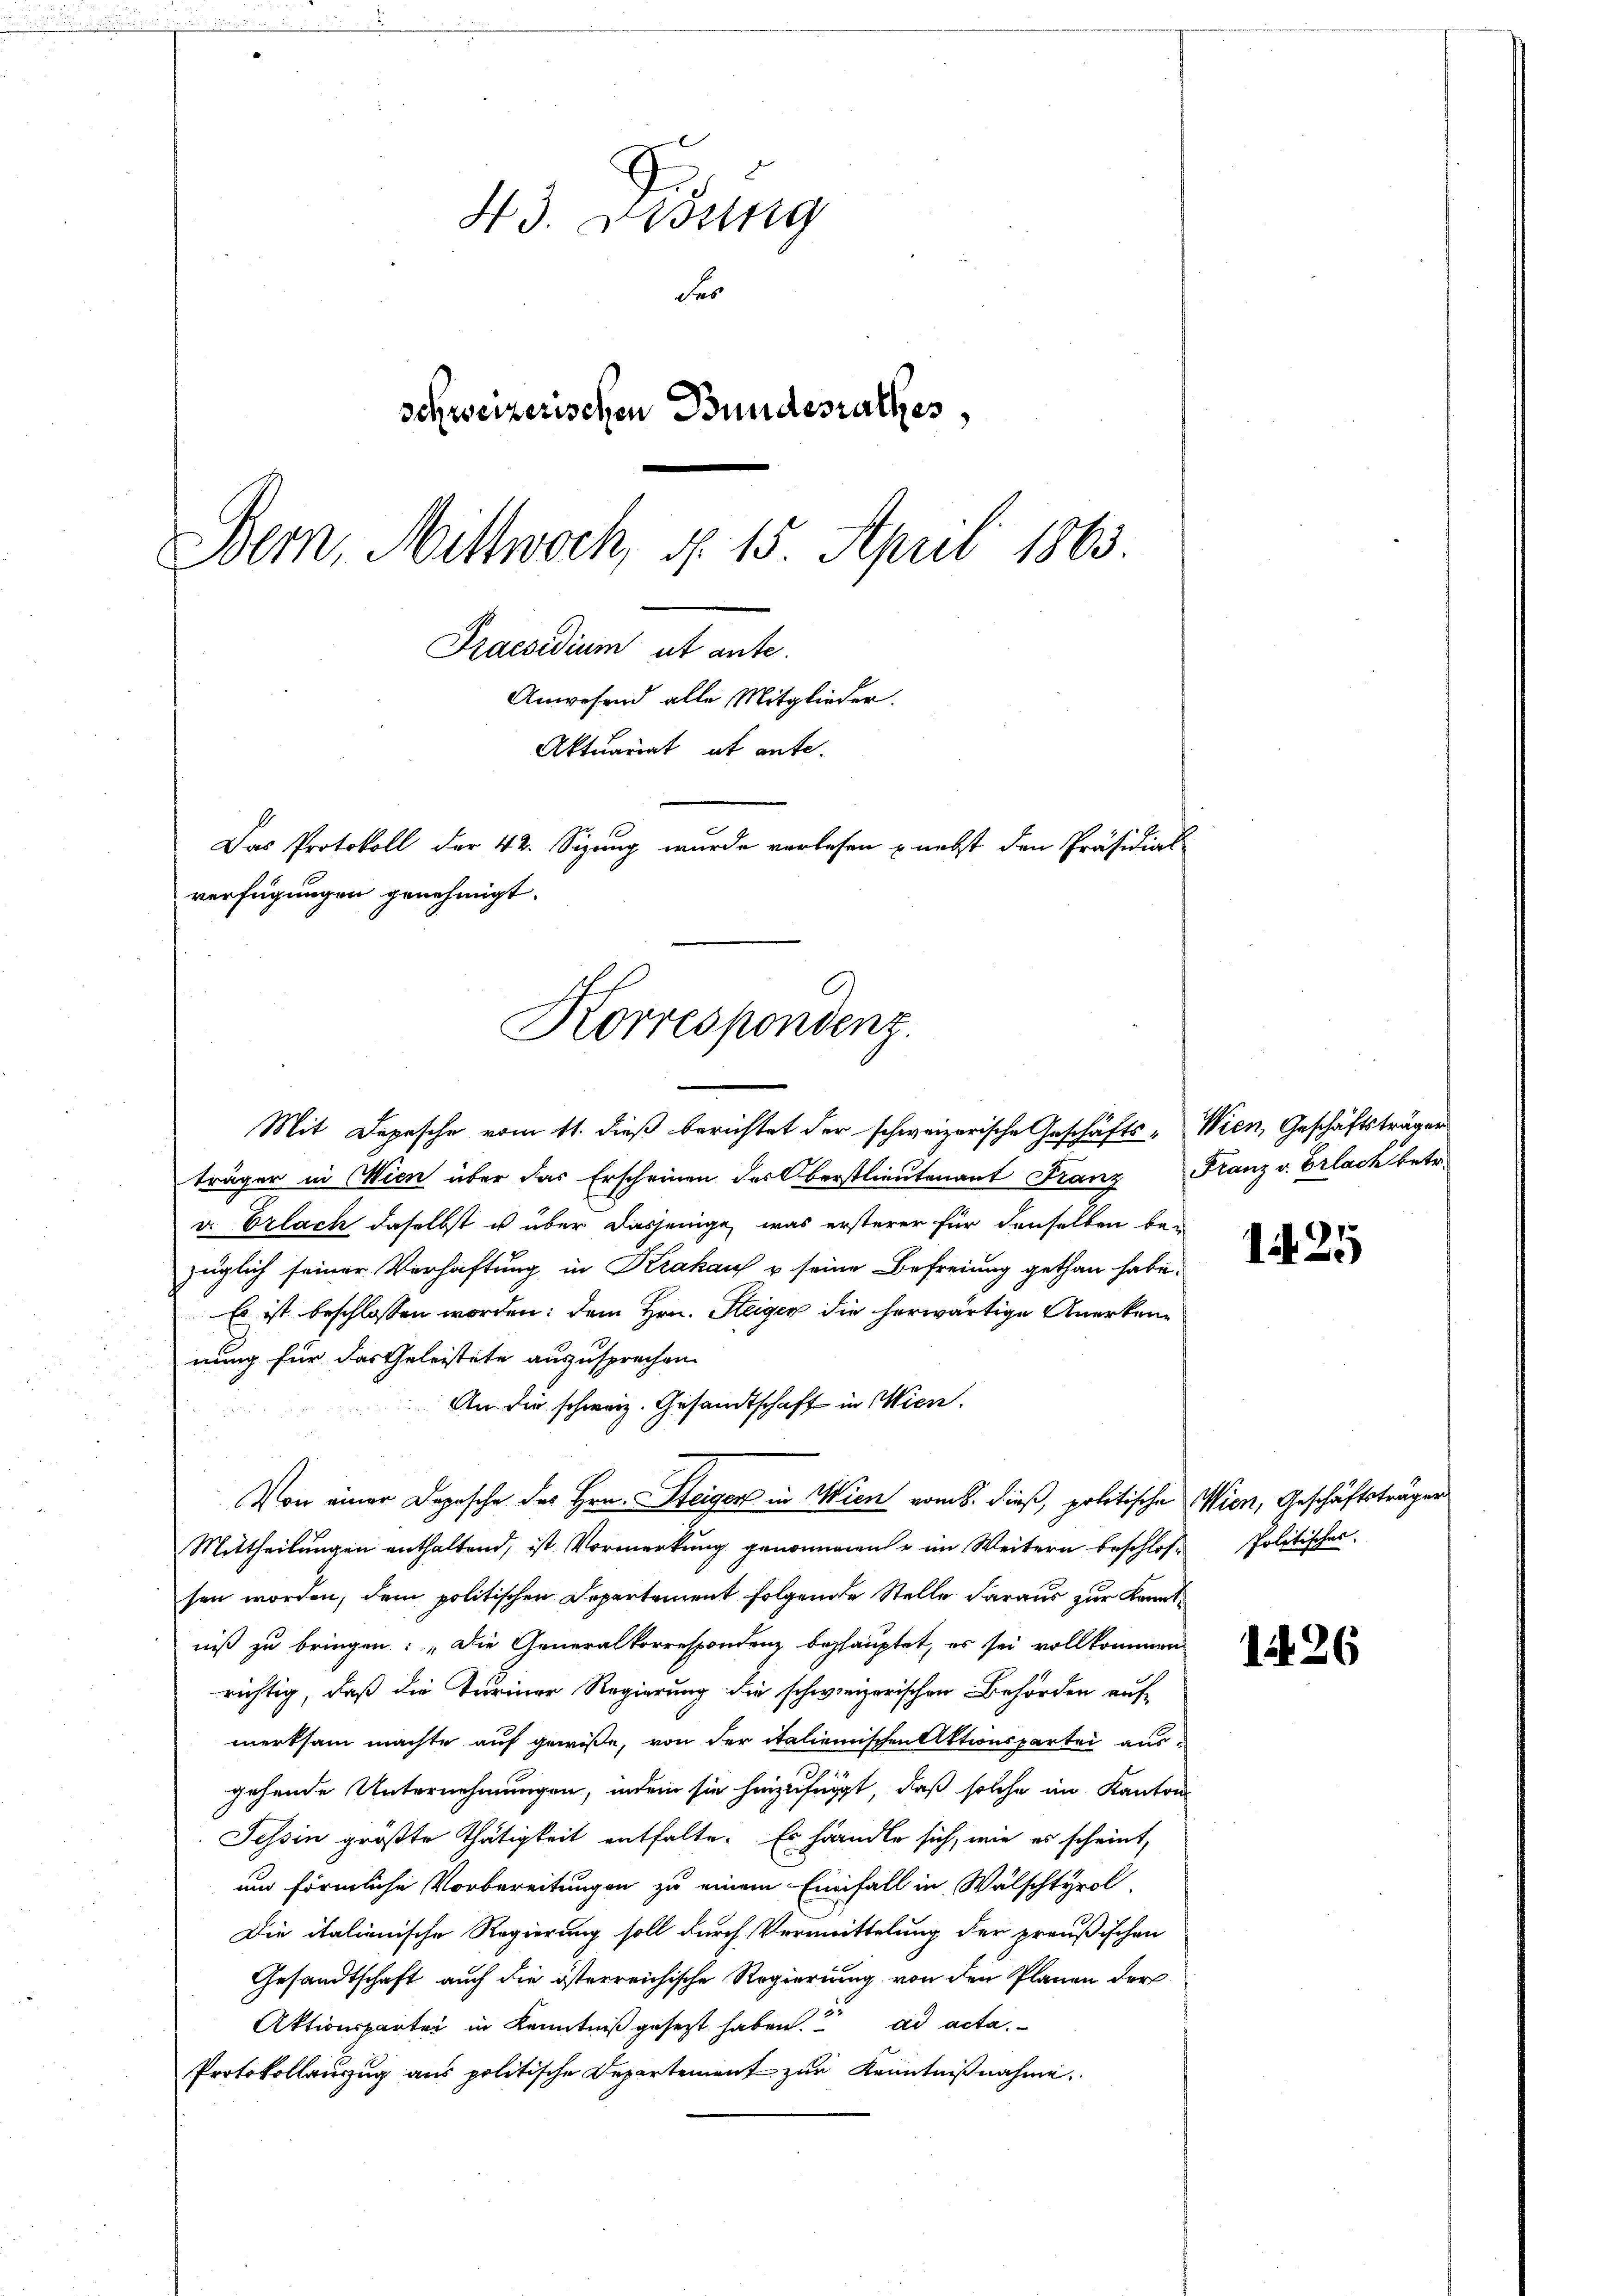
43. Dessing
Fes
schweizerischen Bundesrathes,
Bern, Mittwoch, d. 15. April 1863.
Praesidium ut ante.
Anwesend alle Mitglieder.
Aktuariat et ante.
Das Protokoll der 42. Sizung wurde verlesen u. nebst den Präsidiot
verfügungen genehmigt.

Korrespondenz.

Mit Depesche vom 11. dieß berichtet der schweizerische Geschäfts- Wien, Geschäftsträger
träger in Wien über das Erscheinen des Oberstlieutenant Franz Franz v. Erlach betr.
u. Erlach daselbst u über dasjenige, was ersterer für denselben bezüglich seiner Verhaftung in Krakau u seine Befreiung gethan habe.
Es ist beschlossen worden; dem Hrn. Steiger die herwärtige Anerkenn
nung für das Geleistete auszusprechen.
An die schweiz. Gesandtschaft in Wien.
Von einer Deposche des Hrn. Steiger in Wien vom 8. dieß, politische Wien, Geschäftsträger
Mittheilungen enthaltend, ist Vormerkung genommen u im Weitern beschlose Politischer
sen worden, dem politischen Departement folgende Stelle daraus zur Kenntniß zu bringen: „Die Generalkorrespondenz behauptet, es sei vollkommen
richtig, daß die Turiner Regierung die schweizerischen Behörden auf-
merksam machte auf gewiße, von der italienischen Aktionspartei ausz
gehende Unternehmungen, indem sie hinzufügt, daß solche im Kantons
Tessin größte Thätigkeit entfalte. Es handle sich, wie es scheint,
um förmliche Vorbereitungen zu einem Einfall in Wälschtyrol,
Die italienische Regierung soll durch Vermittelung der preußischen
Gesandtschaft auch die österreichische Regierung von den Planen der
Aktionspartei in Kenntniß gesetzt haben. ad acta.
Protokollauszug aus politische Departement zur Kenntnißnahme.

1425

126